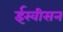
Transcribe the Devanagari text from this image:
ईस्वीसन